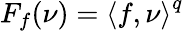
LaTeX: F_{f}(\nu)=\left\langle f,\nu\right\rangle^{q}